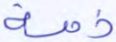
ذمة